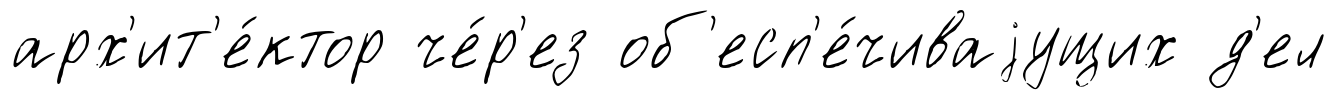
арх'ит'е́ктор че́р'ез об'есп'е́чиваjущих д'ел